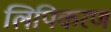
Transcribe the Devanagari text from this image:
लिपिकरण